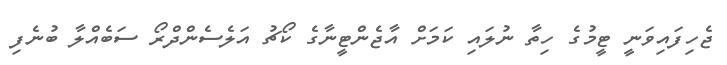
ޖެހިފައިވަނީ ޓީމުގެ ހިތާ ނުލައި ކަމަށް އާޖެންޓީނާގެ ކޯޗު އަލެސެންދްރޯ ސަބެއްލާ ބުނެފި